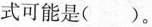
式可能是( )。